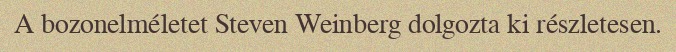
A bozonelméletet Steven Weinberg dolgozta ki részletesen.